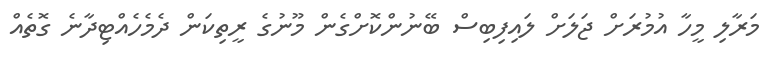
މަރާލި މީހާ އުމުރަށް ޖަލަށް ލައިފިބިސް ބޭނުންކޮށްގެން މޫނުގެ ރީތިކަން ދެމެހެއްޓިދާނެ ގޮތެއް